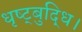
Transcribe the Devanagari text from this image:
धृष्ट्बुद्धि।